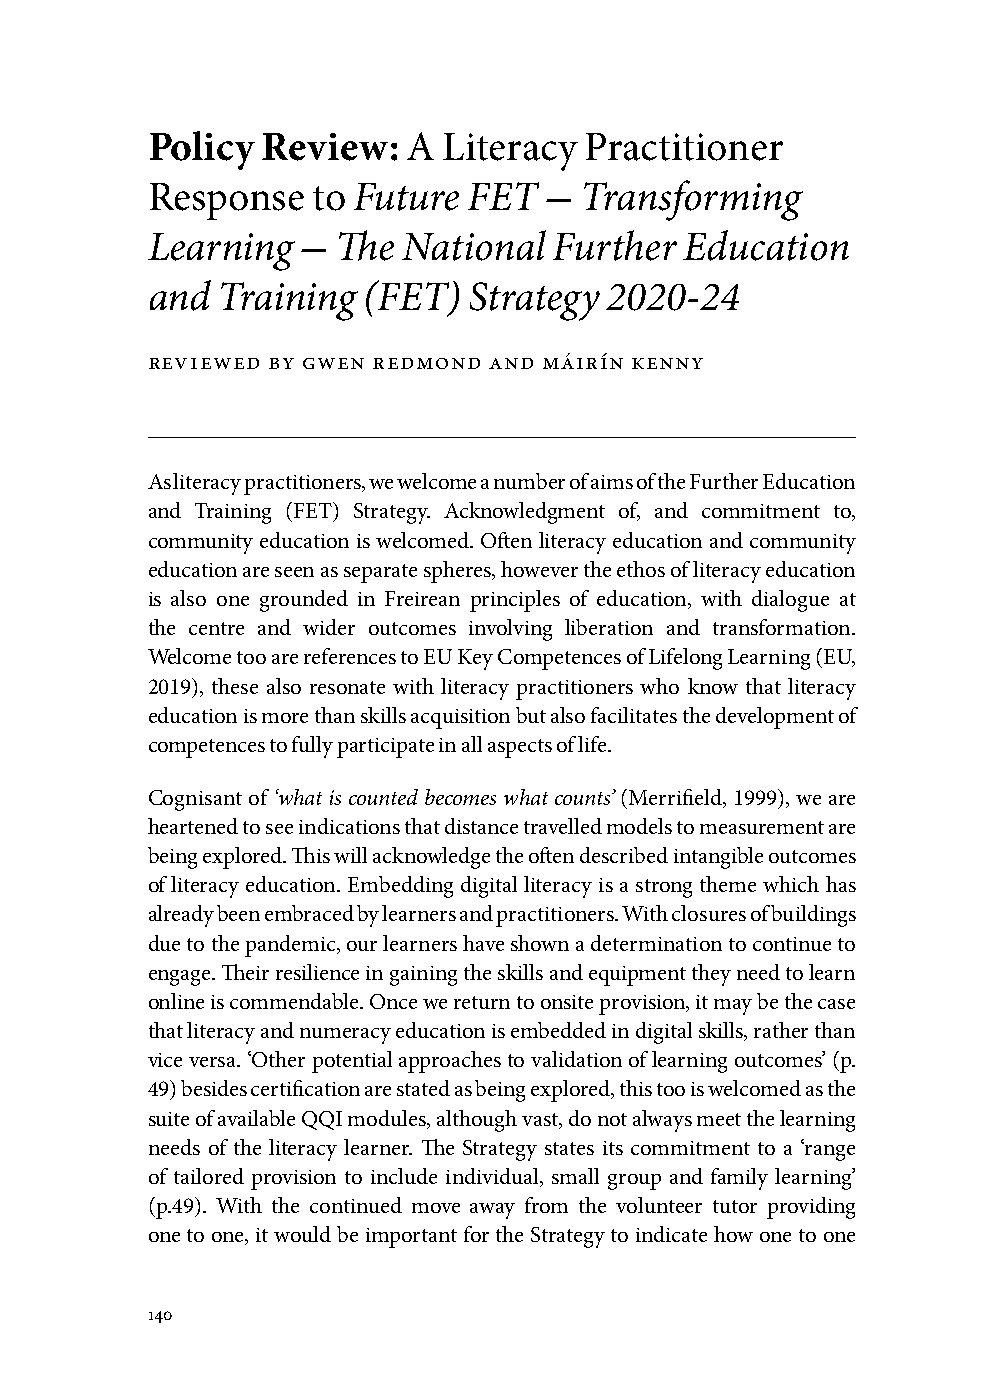
Policy Review:   A Literacy  Practitioner
 Response   to Future FET  - Transforming
 Learning  - The  National  Further Education
 and Training  (FET)  Strategy 2020-24
 reviewed by gwen redmond and máirín kenny
 As literacy practitioners, we welcome a number of aims of the Further Education
 and Training (FET) Strategy. Acknowledgment of, and commitment to,
 community education is welcomed. Often literacy education and community
 education are seen as separate spheres, however the ethos of literacy education
 is also one grounded in Freirean principles of education, with dialogue at
 the centre and wider outcomes involving liberation and transformation.
 Welcome too are references to EU Key Competences of Lifelong Learning (EU,
 2019), these also resonate with literacy practitioners who know that literacy
 education is more than skills acquisition but also facilitates the development of
 competences to fully participate in all aspects of life.
 Cognisant of ‘what is counted becomes what counts’ (Merrifield, 1999), we are
 heartened to see indications that distance travelled models to measurement are
 being explored. This will acknowledge the often described intangible outcomes
 of literacy education. Embedding digital literacy is a strong theme which has
 already been embraced by learners and practitioners. With closures of buildings
 due to the pandemic, our learners have shown a determination to continue to
 engage. Their resilience in gaining the skills and equipment they need to learn
 online is commendable. Once we return to onsite provision, it may be the case
 that literacy and numeracy education is embedded in digital skills, rather than
 vice versa. ‘Other potential approaches to validation of learning outcomes’ (p.
 49) besides certification are stated as being explored, this too is welcomed as the
 suite of available QQI modules, although vast, do not always meet the learning
 needs of the literacy learner. The Strategy states its commitment to a ‘range
 of tailored provision to include individual, small group and family learning’
 (p.49). With the continued move away from the volunteer tutor providing
 one to one, it would be important for the Strategy to indicate how one to one
 140